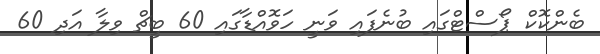
ބެންކޮކް ޕޯސްޓްގައި ބުނެފައި ވަނީ ހަވޮއްޑާގައި 60 ބީޗް ވިލާ އަދި 60